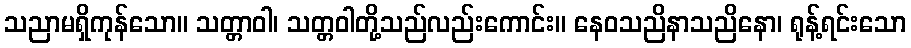
သညာမရှိကုန်သော။ သတ္တာဝါ၊ သတ္တဝါတို့သည်လည်းကောင်း။ နေဝသညိနာသညိနော၊ ရုန့်ရင်းသော